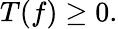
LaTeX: T(f)\geq 0.